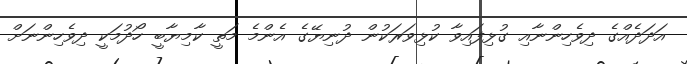
އަދަދެއްގެ ދިވެހިންނާއި ގުޅިފައިވާ ކުޅިވަރަކުން ދުނިޔޭގެ އެންމެ މަތީ ކާމިޔާބީ ހޯދުމަކީ ދިވެހިންނަށް